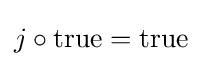
j\circ {\mbox{true}}={\mbox{true}}